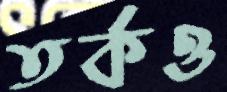
তর্কও